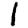
Digit: 1